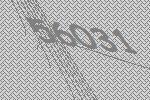
56031